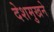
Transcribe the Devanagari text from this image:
देशमुखने